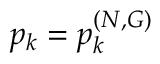
p _ { k } = p _ { k } ^ { ( N , G ) }